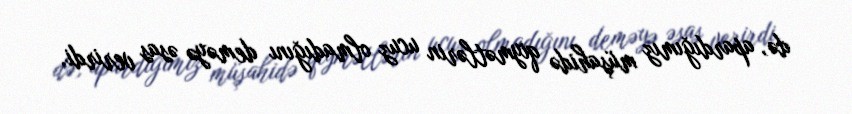
də, apardığımız müşahidə qiymətlərin ucuz olmadığını deməyə əsas verirdi.